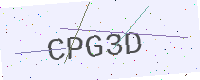
Text: CPG3D